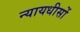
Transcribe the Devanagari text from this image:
न्यायधीसों